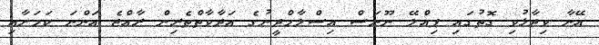
އޭނާ ވިދާޅުވި ގޮތުގައި ޕިއްލޭ ނޫނަސް އިސްލާމްދީނުގެ އަދާވާތްތެރިން ރާއްޖެ އަންނަ ކަމަށާއި